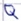
Text: Q